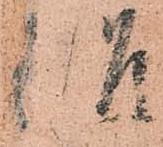
治